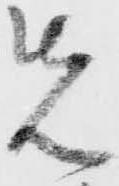
先